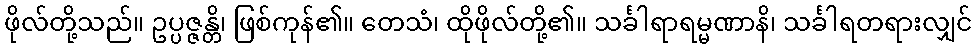
ဖိုလ်တို့သည်။ ဥပ္ပဇ္ဇန္တိ၊ ဖြစ်ကုန်၏။ တေသံ၊ ထိုဖိုလ်တို့၏။ သင်္ခါရာရမ္မဏာနိ၊ သင်္ခါရတရားလျှင်